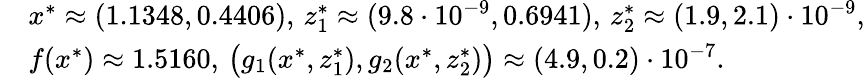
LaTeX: \begin{array}{rl}&{x^{*}\approx(1.1348,0.4406),\, z_{1}^{*}\approx(9.8\cdot 10^{-9},0.6941),\, z_{2}^{*}\approx(1.9,2.1)\cdot 10^{-9},}\\ &{f(x^{*})\approx 1.5160,\, \big(g_{1}(x^{*},z_{1}^{*}),g_{2}(x^{*},z_{2}^{*})\big)\approx(4.9,0.2)\cdot 10^{-7}.}\end{array}